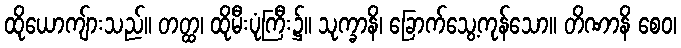
ထိုယောကျ်ားသည်။ တတ္ထ၊ ထိုမီးပုံကြီး၌။ သုက္ခာနိ၊ ခြောက်သွေ့ကုန်သော။ တိဏာနိ စေဝ၊